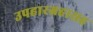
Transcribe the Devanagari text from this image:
उपहारग्रहासह